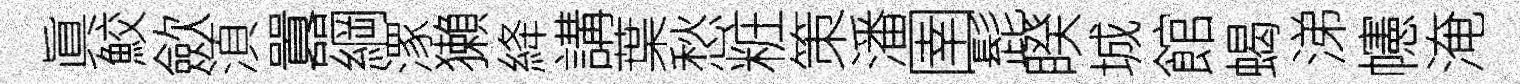
眞鮫歛湏囂綱潈獺絳講葉愁粧策潘圉髭睽城館蝎涕幰淹